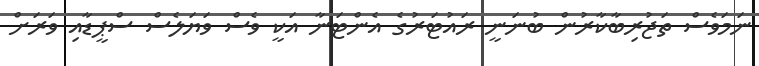
ނަމަވެސް ތަޖުރިބާކާރުން ބުނަނީ ރައުޓަރުގެ އެންޓަނާ އަކީ ވެސް ވަޔަލެސް ސްޕީޑާއި ވަރަށް